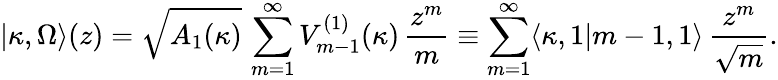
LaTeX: |\kappa,\Omega\rangle(z)=\sqrt{A_{1}(\kappa)}\, \sum_{m=1}^{\infty}V_{m-1}^{(1)}(\kappa)\, \frac{z^{m}}{m}\equiv\sum_{m=1}^{\infty}\langle\kappa,1|m-1,1\rangle\, \frac{z^{m}}{\sqrt{m}}.